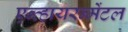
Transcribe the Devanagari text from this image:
एन्व्हायरन्मेंटल